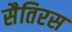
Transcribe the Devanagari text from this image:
सैतिरस